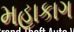
મહાકાગ